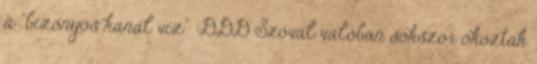
a "bizonyos kanál víz" :DDD Szóval valóban sokszor okoztak